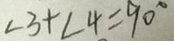
\angle 3 + \angle 4 = 9 0 ^ { \circ }